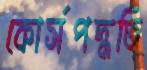
কোর্সপদ্ধতি